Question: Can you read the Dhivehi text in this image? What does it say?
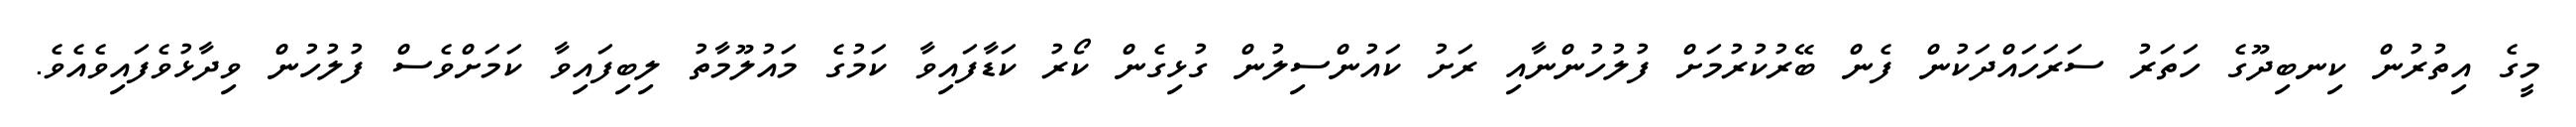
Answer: މީގެ އިތުރުން ކިނބިދޫގެ ހަތަރު ސަރަހައްދަކުން ފެން ބޭރުކުރުމަށް ފުލުހުންނާއި ރަށު ކައުންސިލުން ގުޅިގެން ކޯރު ކަޑާފައިވާ ކަމުގެ މައުލޫމާތު ލިބިފައިވާ ކަމަށްވެސް ފުލުހުން ވިދާޅުވެފައިވެއެވެ.